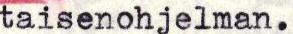
taisenohjelman.